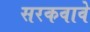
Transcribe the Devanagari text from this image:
सरकवावे